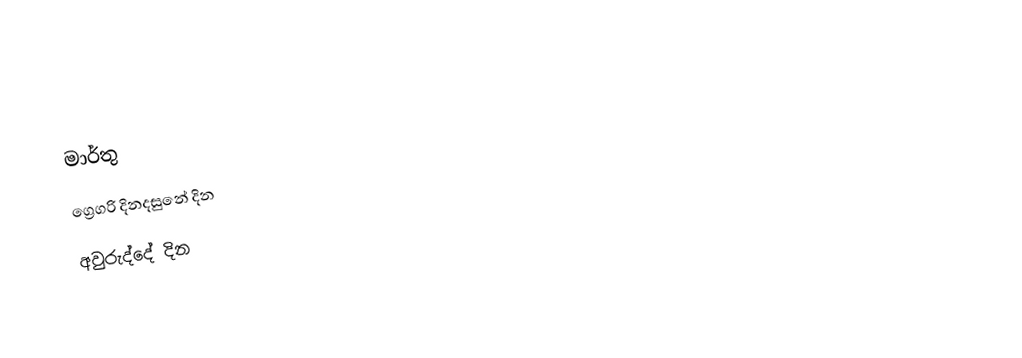
මාර්තු
ග්‍රෙගරි දිනදසුනේ දින
අවුරුද්දේ දින